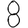
Digit: 8